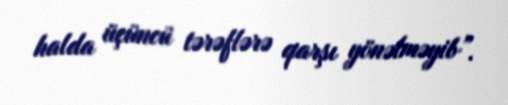
halda üçüncü tərəflərə qarşı yönəlməyib”.